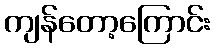
ကျန်တော့ကြောင်း